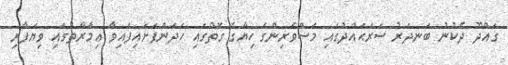
ގައްދޫ ދެކުނު ބަނދަރު ސަރަޙައްދުގައި މަސްވެރިންގެ ހިޔާގެ ގޮތުގައި ހަދަންފަށައިފައިވާ ޢިމާރާތުގައި ވިޔަފާރި